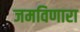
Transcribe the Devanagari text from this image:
जमविणारा